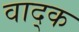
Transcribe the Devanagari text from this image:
वाद्क